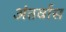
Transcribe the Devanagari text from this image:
अंतर्वास